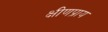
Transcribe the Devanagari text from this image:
क्षीणप्राय